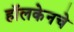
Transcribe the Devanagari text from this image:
हॉलकेनचे